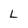
Character: L